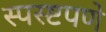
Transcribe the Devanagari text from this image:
स्पस्ष्टपणे